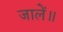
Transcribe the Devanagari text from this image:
जालें॥